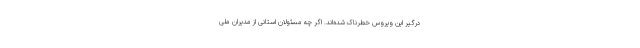
درگیر این ویروس خطرناک شده‌اند. اگر چه مسئولان استانی از مدیران ملی